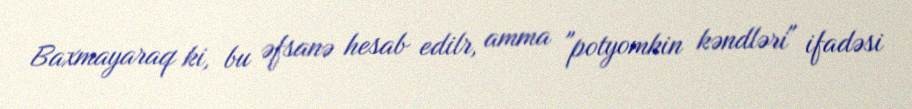
Baxmayaraq ki, bu əfsanə hesab edilr, amma "potyomkin kəndləri" ifadəsi